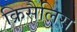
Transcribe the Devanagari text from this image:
क्रिसैलिस